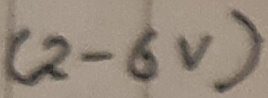
Text: (2-6V)